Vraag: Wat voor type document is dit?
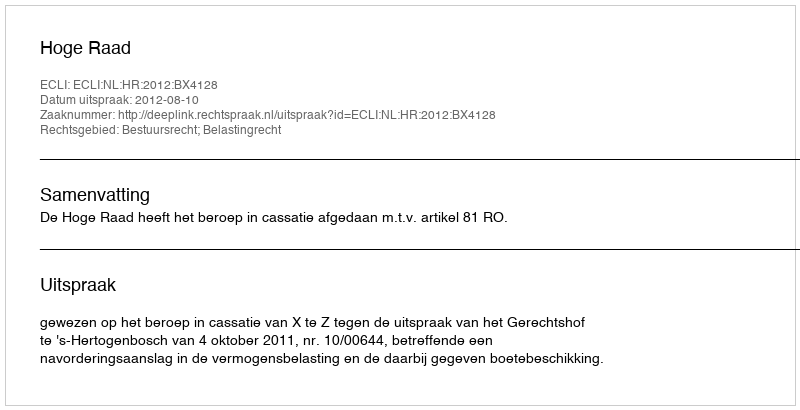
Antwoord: Uitspraak